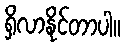
ရှိလာနိုင်တာပါ။